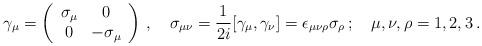
LaTeX: \begin{align*}\gamma_{\mu}=\left(\begin{array}{cc}\sigma_{\mu}&0\\0&-\sigma_{\mu}\end{array}\right)\,,\quad\sigma_{\mu\nu}={1\over2i}[\gamma_{\mu},\gamma_{\nu}]=\epsilon_{\mu\nu\rho}\sigma_{\rho}\,;\quad\mu,\nu,\rho=1,2,3\,.\end{align*}